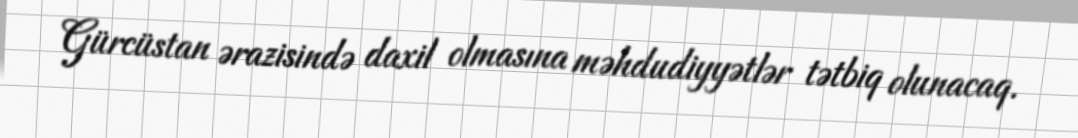
Gürcüstan ərazisində daxil olmasına məhdudiyyətlər tətbiq olunacaq.